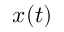
x ( t )